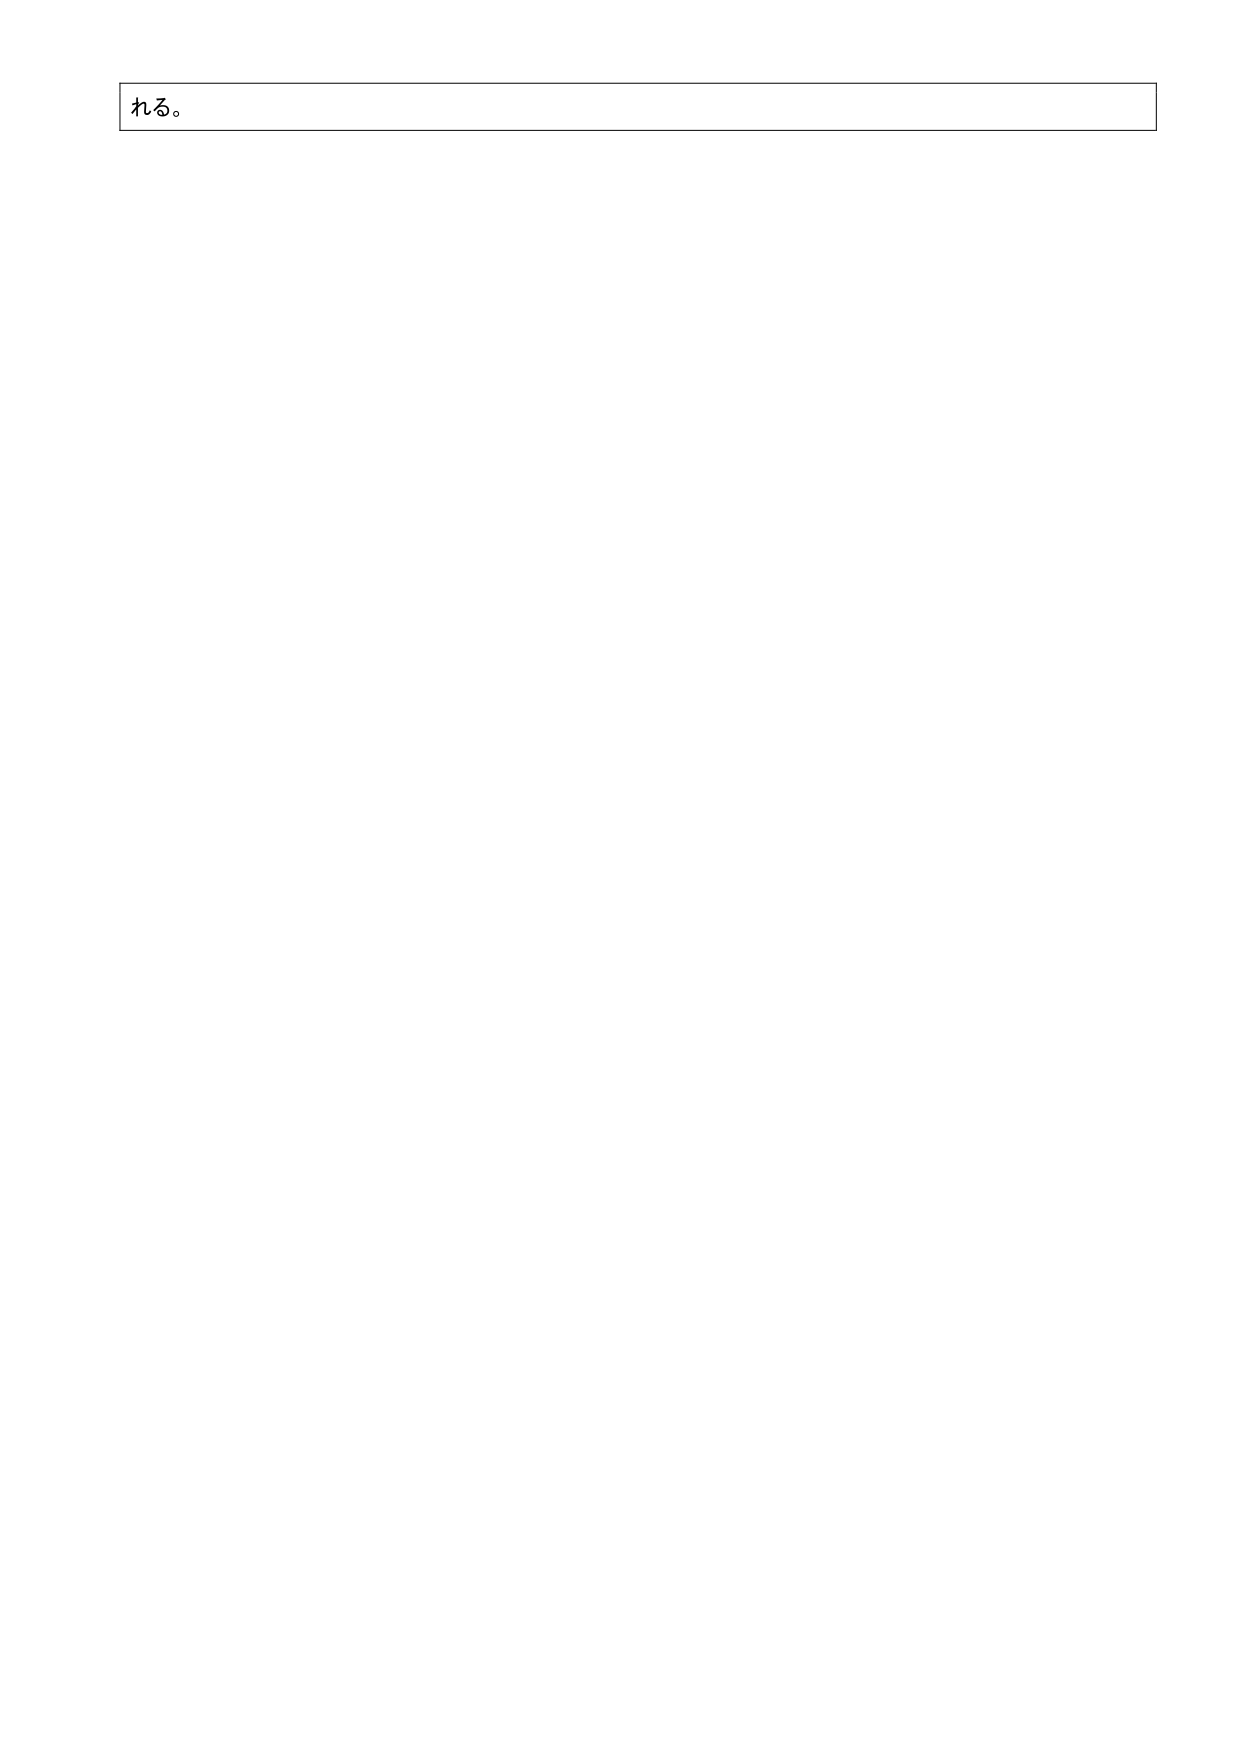
れる。